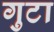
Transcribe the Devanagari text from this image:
गुटा